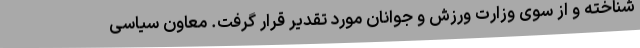
شناخته و از سوی وزارت ورزش و جوانان مورد تقدیر قرار گرفت. معاون سیاسی